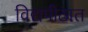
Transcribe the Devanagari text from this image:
विद्यपीठात